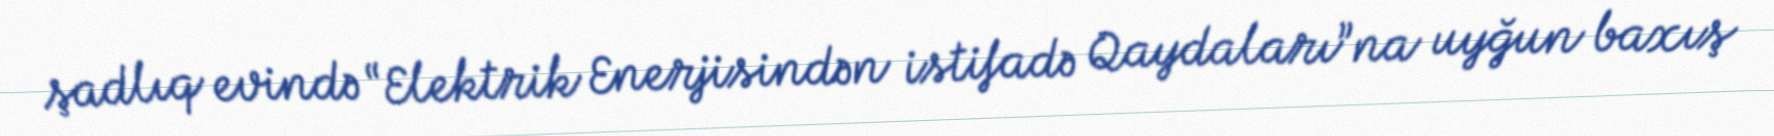
şadlıq evində “Elektrik Enerjisindən istifadə Qaydaları”na uyğun baxış